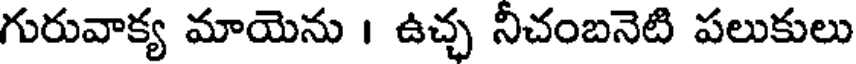
గురువాక్య మాయెను । ఉచ్చ నీచంబనెటి పలుకులు